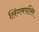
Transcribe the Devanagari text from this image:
लिंगमपल्लि